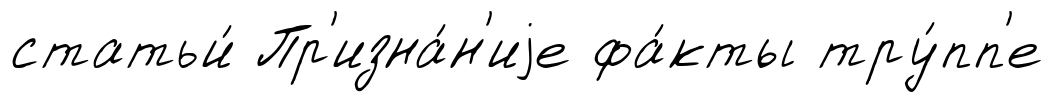
статьи́ Пр'изна́н'иjе фа́кты тру́пп'е